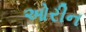
ઓરીન